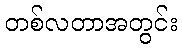
တစ်လတာအတွင်း